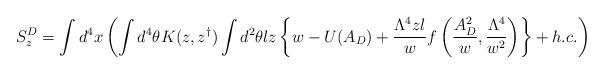
LaTeX: \begin{align*}S_z^D=\int d^4 x \left(\int d^4 \theta K(z,z^{\dagger})\int d^2 \theta l z \left\{w-U(A_D)+\frac{\Lambda^4 zl}{w}f\left( \frac{A_D^2}{w},\frac{\Lambda^4 }{w^2}\right) \right\}+h.c.\right)\end{align*}